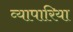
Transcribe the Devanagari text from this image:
व्‍यापारिया